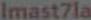
Imast7la